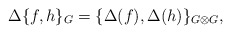
\begin{align*}\Delta \{ f,h\}_{G}=\{\Delta (f),\Delta (h)\}_{G\otimes G},\end{align*}